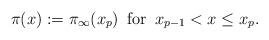
LaTeX: \begin{align*}{\pi}(x) := \pi_\infty(x_p) \,\mbox{ for }\, x_{p-1}< x\leq x_p.\end{align*}